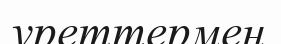
уреттермен